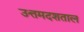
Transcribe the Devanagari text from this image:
उत्तमदशताल